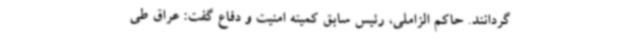
گردانند. حاکم الزاملی، رئیس سابق کمیته امنیت و دفاع گفت: عراق طی